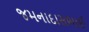
જમનાદાસભાઈ